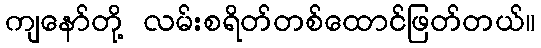
ကျနော်တို့ လမ်းစရိတ်တစ်ထောင်ဖြတ်တယ်။